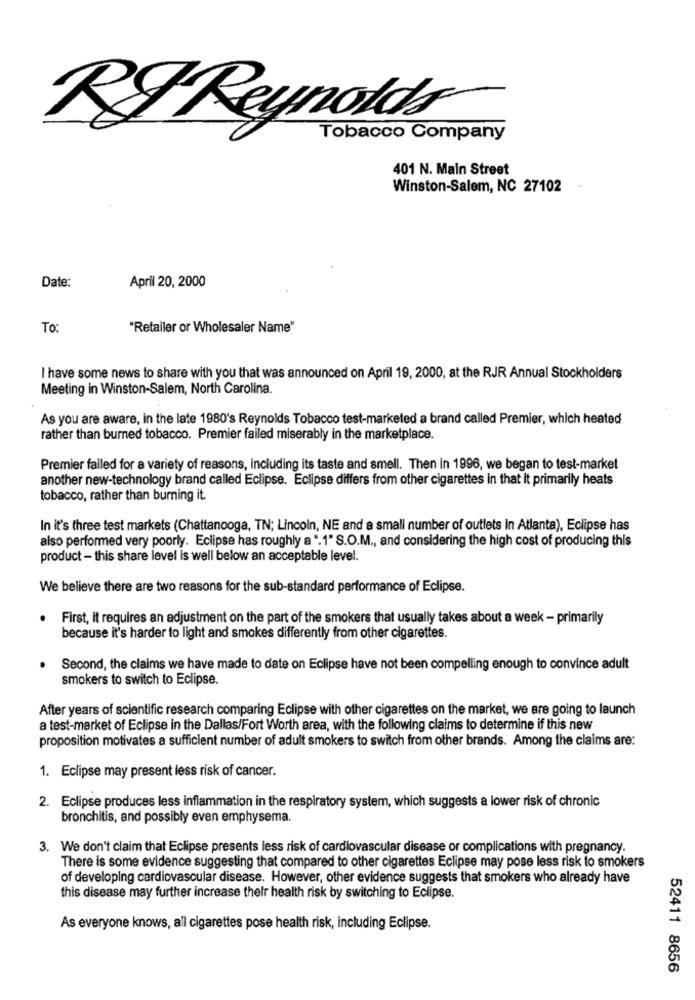
RI Reynolds
Tobacco Company
401 N. Main Street
Winston-Salem, NC 27102
Date:
April 20, 2000
To:
"Retailer or Wholesaler Name"
I have some news to share with you that was announced on April 19, 2000, at the RJR Annual Stockholders
Meeting in Winston-Salem, North Carolina.
As you are aware, in the late 1980's Reynolds Tobacco test-marketed a brand called Premier, which heated
rather than burned tobacco. Premier failed miserably in the marketplace.
Premier failed for a variety of reasons, including its taste and smell. Then in 1996, we began to test-market
another new-technology brand called Eclipse. Eclipse differs from other cigarettes in that it primarily heats
tobacco, rather than burning it.
In it's three test markets (Chattanooga, TN; Lincoln, NE and a small number of outlets In Atlanta), Eclipse has
also performed very poorly. Eclipse has roughly a ".1" S.O.M ., and considering the high cost of producing this
product - this share level is well below an acceptable level.
We believe there are two reasons for the sub-standard performance of Eclipse.
First, it requires an adjustment on the part of the smokers that usually takes about a week - primarily
because it's harder to light and smokes differently from other cigarettes.
Second, the claims we have made to date on Eclipse have not been compelling enough to convince adult
smokers to switch to Eclipse.
After years of scientific research comparing Eclipse with other cigarettes on the market, we are going to launch
a test-market of Eclipse in the Dallas/Fort Worth area, with the following claims to determine if this new
proposition motivates a sufficient number of adult smokers to switch from other brands. Among the claims are:
1. Eclipse may present less risk of cancer.
2. Eclipse produces less inflammation in the respiratory system, which suggests a lower risk of chronic
bronchitis, and possibly even emphysema.
3. We don't claim that Eclipse presents less risk of cardiovascular disease or complications with pregnancy.
There is some evidence suggesting that compared to other cigarettes Eclipse may pose less risk to smokers
of developing cardiovascular disease. However, other evidence suggests that smokers who already have
this disease may further increase their health risk by switching to Eclipse.
As everyone knows, all cigarettes pose health risk, including Eclipse.
52411 8656